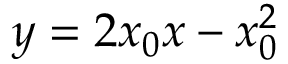
y = 2 x _ { 0 } x - x _ { 0 } ^ { 2 }